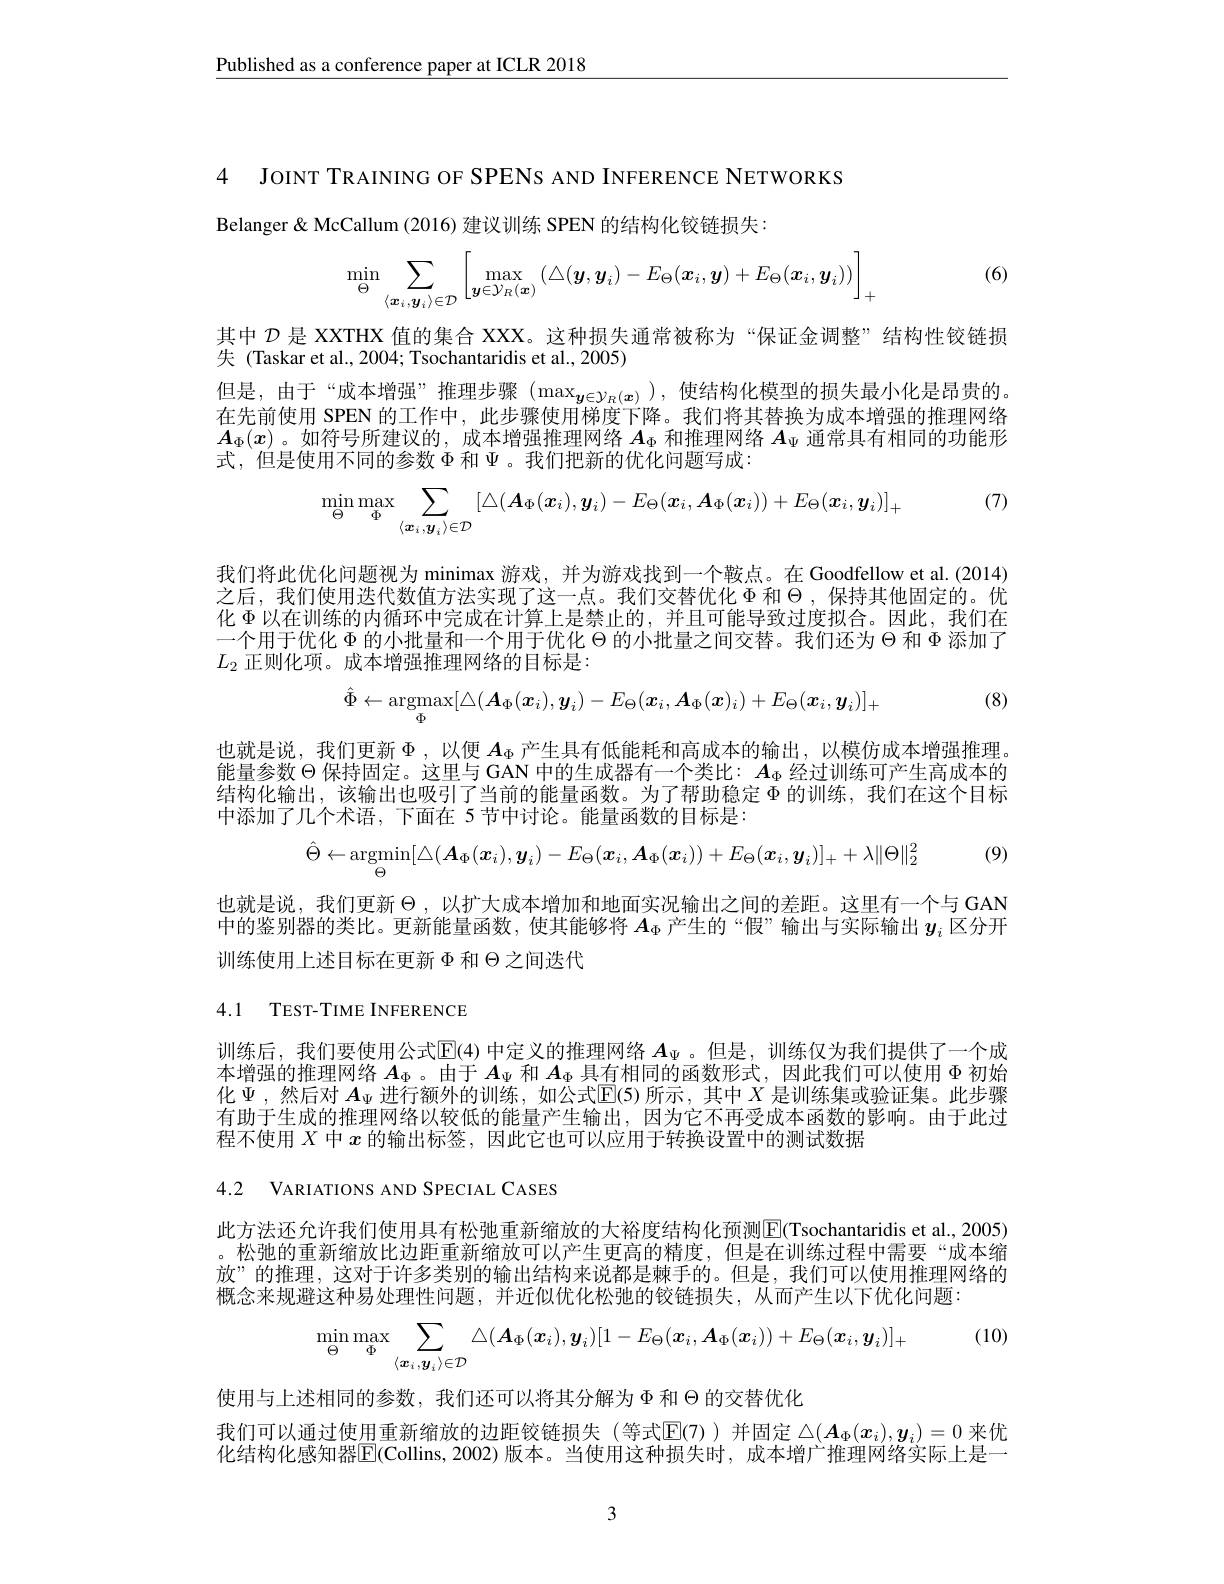
$\underline{\text{Published as a conference paper at ICLR 2018}}$

4 JOINT TRAINING OF SPENS AND INFERENCE NETWORKS
Belanger & McCallum (2016) 建议训练 SPEN 的结构化铰链损失：
$$\min_{\Theta}\sum_{\langle\boldsymbol{x}_i,\boldsymbol{y}_i\rangle\in\mathcal{D}}\left[\max_{\boldsymbol{y}\in\mathcal{Y}_R(\boldsymbol{x})}\left(\triangle(\boldsymbol{y},\boldsymbol{y}_i)-E_\Theta(\boldsymbol{x}_i,\boldsymbol{y})+E_\Theta(\boldsymbol{x}_i,\boldsymbol{y}_i)\right)\right]_+$$
(6)

其中$\mathcal{D}$是 XXTHX 值的集合 XXX。这种损失通常被称为“保证金调整”结构性铰链损
失 (Taskar et al., 2004; Tsochantaridis et al., 2005)
但是，由于“成本增强”推理步骤$(\max_{\boldsymbol{y}\in\mathcal{Y}_R(\boldsymbol{x})})$,使结构化模型的损失最小化是昂贵的。在先前使用 SPEN 的工作中，此步骤使用梯度下降。我们将其替换为成本增强的推理网络$A_\Phi(x)$。如符号所建议的，成本增强推理网络$A_\Phi$和推理网络$A_\Psi$通常具有相同的功能形式，但是使用不同的参数$\Phi$和$\Psi$ 。我们把新的优化问题写成：
$$\min_\Theta\max_\Phi\sum_{\langle\boldsymbol{x}_i,\boldsymbol{y}_i\rangle\in\mathcal{D}}[\triangle(\boldsymbol{A}_\Phi(\boldsymbol{x}_i),\boldsymbol{y}_i)-E_\Theta(\boldsymbol{x}_i,\boldsymbol{A}_\Phi(\boldsymbol{x}_i))+E_\Theta(\boldsymbol{x}_i,\boldsymbol{y}_i)]_+$$
(7)

我们将此优化问题视为 minimax 游戏，并为游戏找到一个鞍点。在 Goodfellow et al.(2014) 之后，我们使用迭代数值方法实现了这一点。我们交替优化$\Phi$和$\Theta$ ,保持其他固定的。优化$\Phi$以在训练的内循环中完成在计算上是禁止的，并且可能导致过度拟合。因此，我们在一个用于优化$\Phi$的小批量和一个用于优化$\Theta$的小批量之间交替。我们还为$\Theta$和$\Phi$添加了$L_2$正则化项。成本增强推理网络的目标是：
$$\hat{\Phi}\leftarrow\mathop{\mathrm{argmax}}_{\Phi}[\triangle(\boldsymbol{A}_{\Phi}(\boldsymbol{x}_{i}),\boldsymbol{y}_{i})-E_{\Theta}(\boldsymbol{x}_{i},\boldsymbol{A}_{\Phi}(\boldsymbol{x})_{i})+E_{\Theta}(\boldsymbol{x}_{i},\boldsymbol{y}_{i})]_{+}$$
(8)

也就是说，我们更新$\Phi$,以便 $A_\Phi$ 产生具有低能耗和高成本的输出，以模仿成本增强推理。能量参数$\Theta$保持固定。这里与 GAN 中的生成器有一个类比：$A_\Phi$经过训练可产生高成本的结构化输出，该输出也吸引了当前的能量函数。为了帮助稳定$\Phi$的训练，我们在这个目标中添加了几个术语，下面在 5节中讨论。能量函数的目标是：
$$\hat{\Theta}\leftarrow\underset{\Theta}{\mathrm{argmin}}[\triangle(A_{\Phi}(\boldsymbol{x}_{i}),\boldsymbol{y}_{i})-E_{\Theta}(\boldsymbol{x}_{i},\boldsymbol{A}_{\Phi}(\boldsymbol{x}_{i}))+E_{\Theta}(\boldsymbol{x}_{i},\boldsymbol{y}_{i})]_{+}+\lambda\|\Theta\|_{2}^{2}$$
也就是说，我们更新$\Theta$ ,以扩大成本增加和地面实况输出之间的差距。这里有一个与 GAN 中的鉴别器的类比。更新能量函数，使其能够将$A_\mathrm{\Phi}$产生的“假”输出与实际输出$y_i$区分开训练使用上述目标在更新$\Phi$和$\Theta$之间迭代

4.1 TEST-TIME INFERENCE

训练后，我们要使用公式$\mathbb{E}(4)$ 中定义的推理网络 $A_\Psi$ 。但是，训练仅为我们提供了一个成本增强的推理网络$A_\mathrm{\Phi}$ 。由于$A_\mathrm{\Psi}$和$A_\mathrm{\Phi}$具有相同的函数形式，因此我们可以使用$\Phi$初始化$\Psi$,然后对 $A_\Psi$ 进行额外的训练，如公式$\mathbb{E}$(5)所示，其中 $X$ 是训练集或验证集。此步骤有助于生成的推理网络以较低的能量产生输出，因为它不再受成本函数的影响。由于此过程不使用$X$中$x$的输出标签，因此它也可以应用于转换设置中的测试数据

4.2 VARIATIONS AND SPECIAL CASES

此方法还允许我们使用具有松弛重新缩放的大裕度结构化预测$\boxed{\mathrm{E}}($Tsochantaridis et al..,2005) 。松弛的重新缩放比边距重新缩放可以产生更高的精度，但是在训练过程中需要“成本缩放”的推理，这对于许多类别的输出结构来说都是棘手的。但是，我们可以使用推理网络的概念来规避这种易处理性问题，并近似优化松弛的铰链损失，从而产生以下优化问题：

(10)
$$\min_\Theta\max_\Phi\sum_{\langle\boldsymbol{x}_i,\boldsymbol{y}_i\rangle\in\mathcal{D}}\triangle(\boldsymbol{A}_\Phi(\boldsymbol{x}_i),\boldsymbol{y}_i)[1-E_\Theta(\boldsymbol{x}_i,\boldsymbol{A}_\Phi(\boldsymbol{x}_i))+E_\Theta(\boldsymbol{x}_i,\boldsymbol{y}_i)]_+$$
使用与上述相同的参数，我们还可以将其分解为$\Phi$和$\Theta$的交替优化
我们可以通过使用重新缩放的边距铰链损失(等式$\mathbb{E}(7))$并固定$\triangle(A_\Phi(x_i),y_i)=0$来优化结构化感知器$\overline{\mathrm{E}}($Collins,2002)版本。当使用这种损失时，成本增广推理网络实际上是一

3